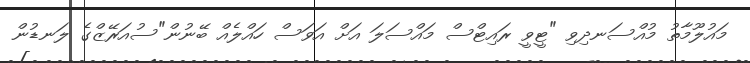
މައުލޫމާތު މުއްސަނދިވި "ޓީވީ ރައިޓްސް މައްސަލަ އަށް އަވަސް ހައްލެއް ބޭނުން"ސުއަރޭޒްގެ ލަނޑުން